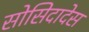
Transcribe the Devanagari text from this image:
सोसिदादेस